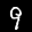
Label: 9